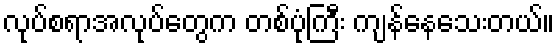
လုပ်စရာအလုပ်တွေက တစ်ပုံကြီး ကျန်နေသေးတယ်။